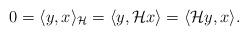
LaTeX: \begin{align*} 0 = \langle y,x\rangle_\mathcal{H}= \langle y,\mathcal{H}x\rangle=\langle \mathcal{H} y,x\rangle.\end{align*}